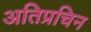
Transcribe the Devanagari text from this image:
अतिप्रचिन